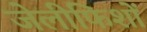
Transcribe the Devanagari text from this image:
जेलीफिशों